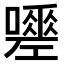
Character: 𭋿